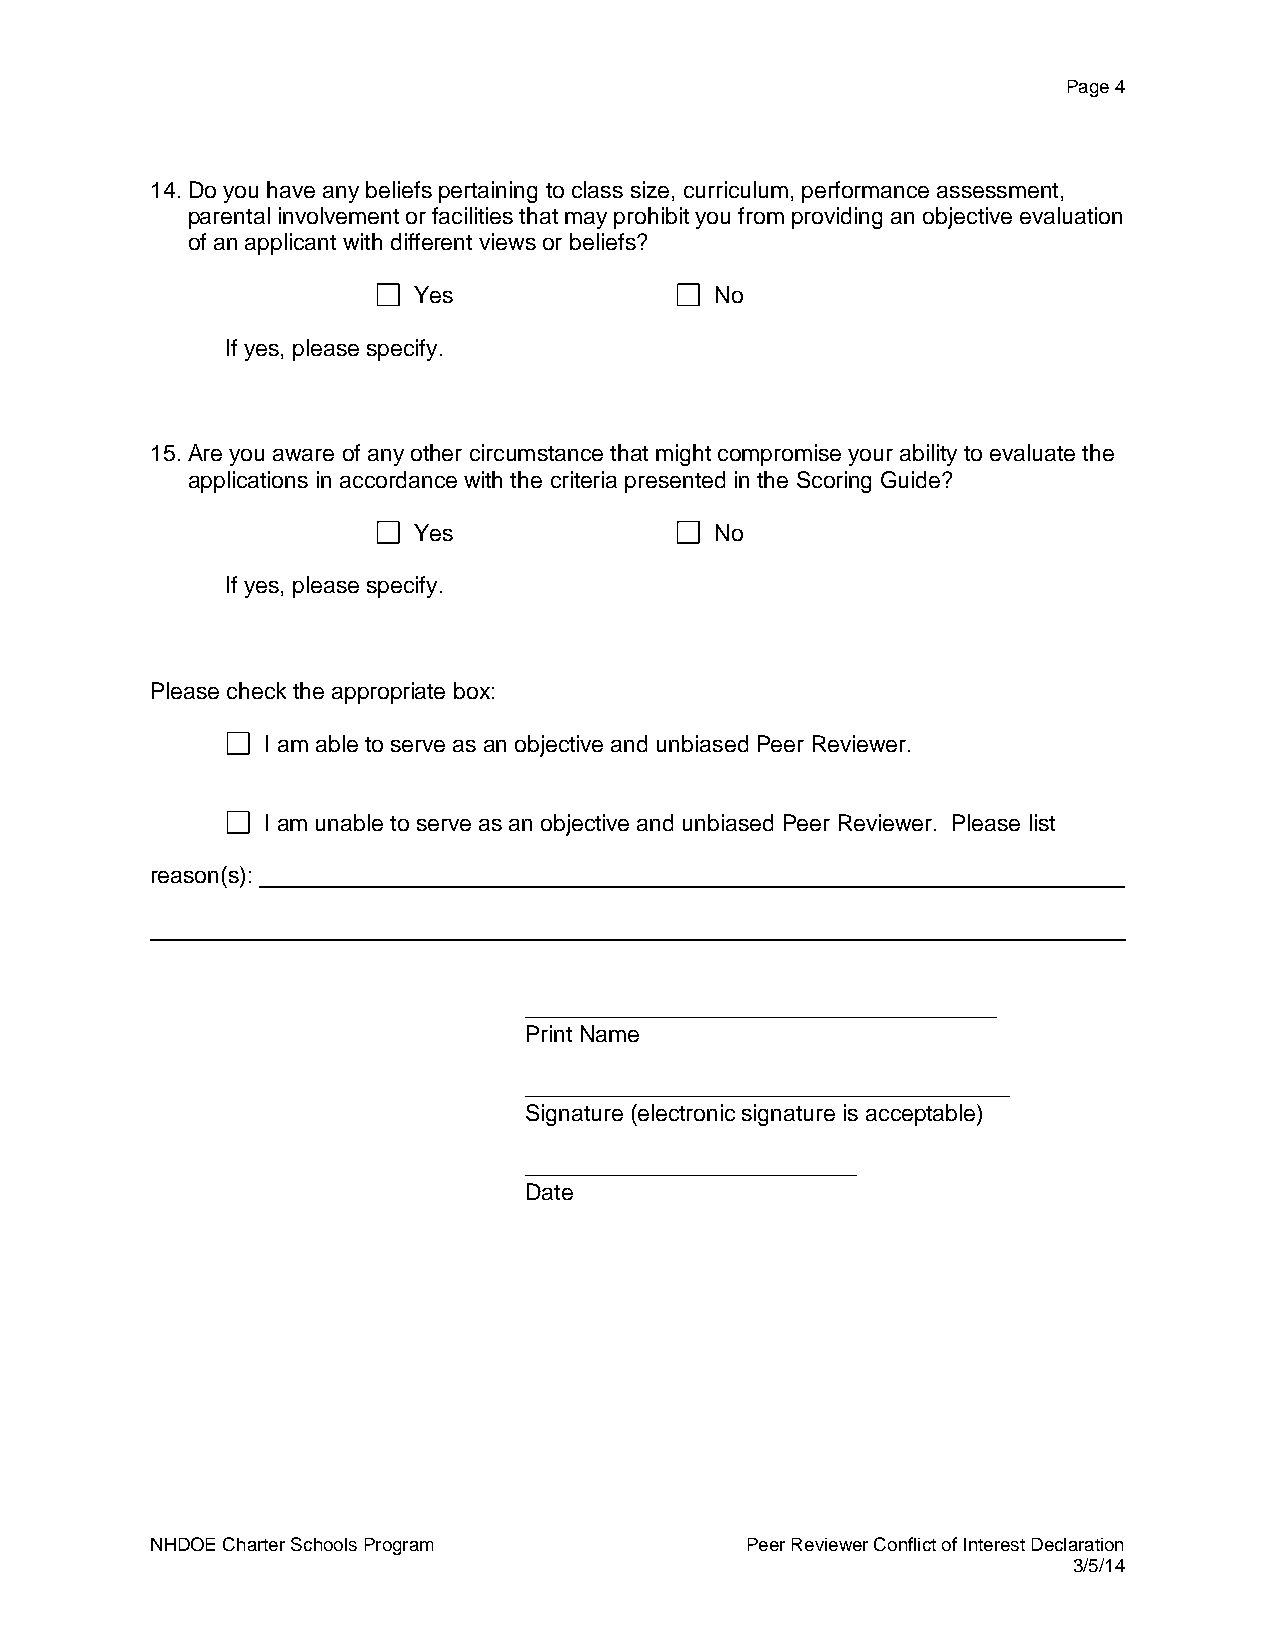
Page 4
 14. Do you have any beliefs pertaining to class size, curriculum, performance assessment,
 parental involvement or facilities that may prohibit you from providing an objective evaluation
 of an applicant with different views or beliefs?
 Yes                 No
 If yes, please specify.
 15. Are you aware of any other circumstance that might compromise your ability to evaluate the
 applications in accordance with the criteria presented in the Scoring Guide?
 Yes                 No
 If yes, please specify.
 Please check the appropriate box:
 I am able to serve as an objective and unbiased Peer Reviewer.
 I am unable to serve as an objective and unbiased Peer Reviewer. Please list
 reason(s):
 _____________________________________
 Print Name
 ______________________________________
 Signature (electronic signature is acceptable)
 __________________________
 Date
 NHDOE Charter Schools Program          Peer Reviewer Conflict of Interest Declaration
 3/5/14